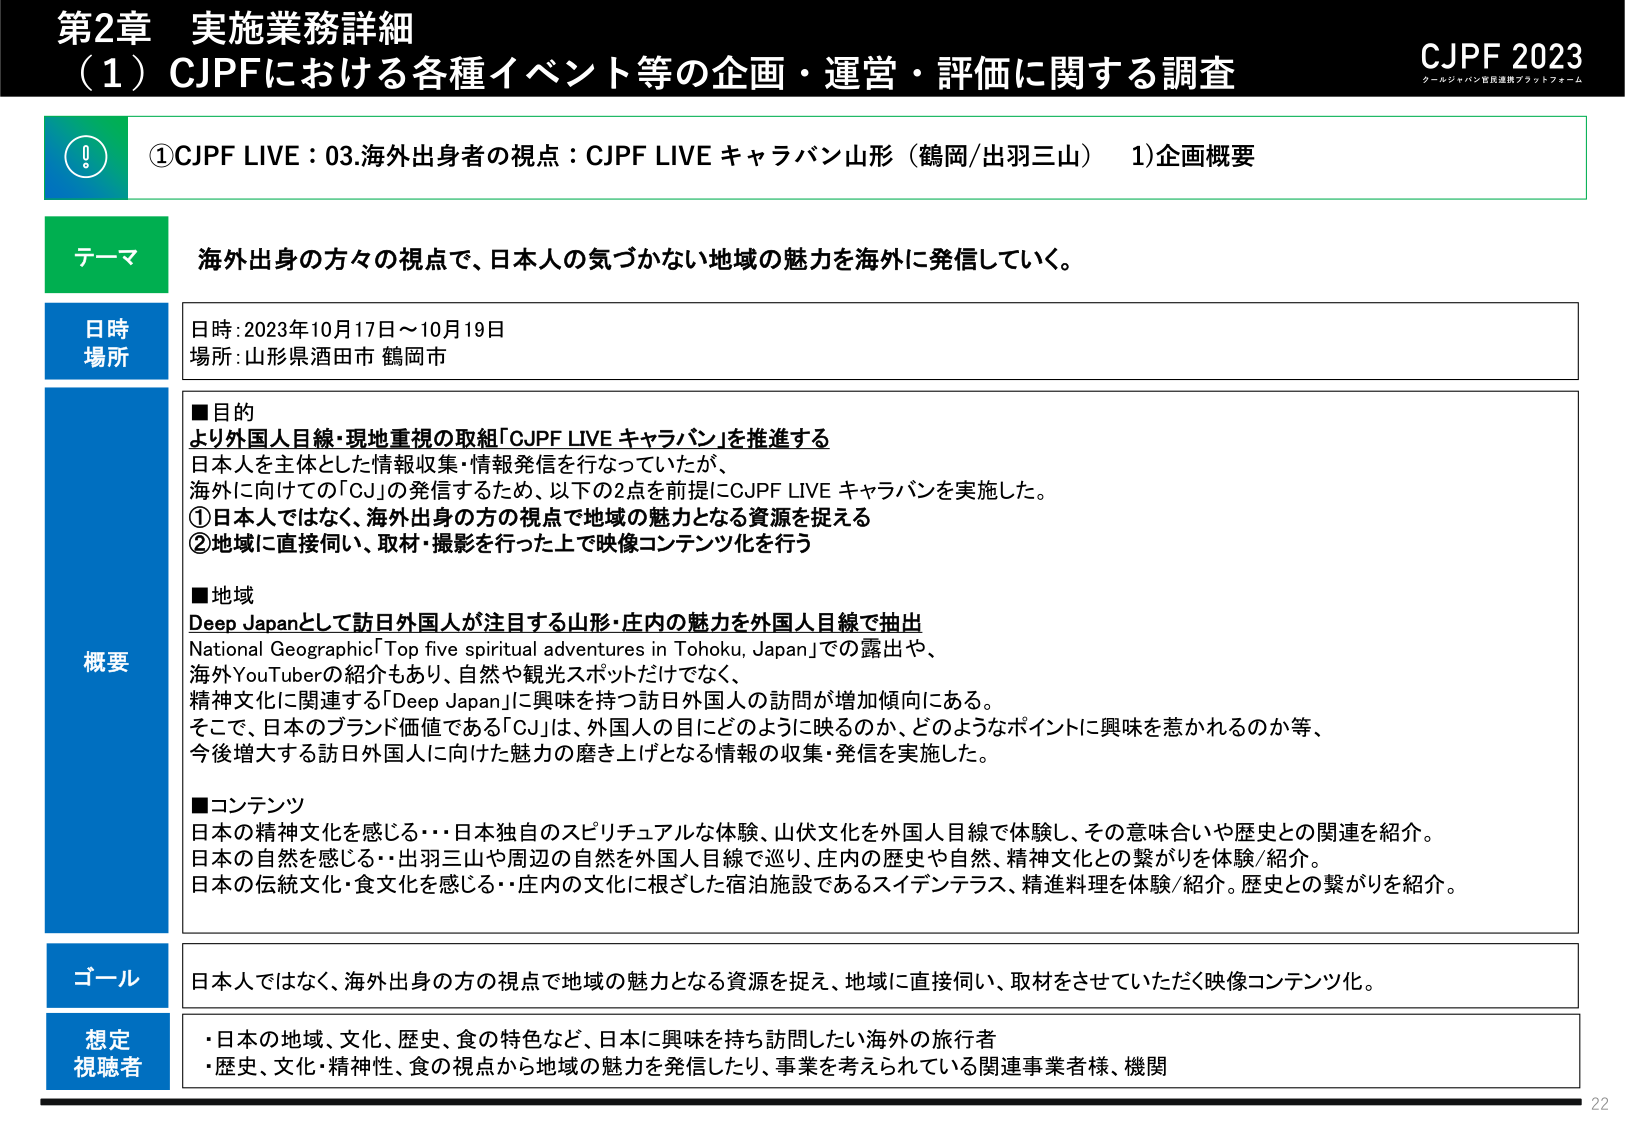
第2章 実施業務詳細
（1）CJPFにおける各種イベント等の企画・運営・評価に関する調査
CJPF 2023
クールジャパン官民連携プラットフォーム

①CJPF LIVE：03.海外出身者の視点：CJPF LIVE キャラバン山形（鶴岡/出羽三山） 1)企画概要

テーマ
海外出身の方々の視点で、日本人の気づかない地域の魅力を海外に発信していく。

日時
場所
日時：2023年10月17日～10月19日
場所：山形県酒田市 鶴岡市

概要
■目的
より外国人目線・現地重視の取組「CJPF LIVE キャラバン」を推進する
日本人を主体とした情報収集・情報発信を行なっていたが、
海外に向けての「CJ」の発信するため、以下の2点を前提にCJPF LIVE キャラバンを実施した。
①日本人ではなく、海外出身の方の視点で地域の魅力となる資源を捉える
②地域に直接伺い、取材・撮影を行った上で映像コンテンツ化を行う

■地域
Deep Japanとして訪日外国人が注目する山形・庄内の魅力を外国人目線で抽出
National Geographic「Top five spiritual adventures in Tohoku, Japan」での露出や、
海外YouTuberの紹介もあり、自然や観光スポットだけでなく、
精神文化に関連する「Deep Japan」に興味を持つ訪日外国人の訪問が増加傾向にある。
そこで、日本のブランド価値である「CJ」は、外国人の目にどのように映るのか、どのようなポイントに興味を惹かれるのか等、
今後増大する訪日外国人に向けた魅力の磨き上げとなる情報の収集・発信を実施した。

■コンテンツ
日本の精神文化を感じる・・・日本独自のスピリチュアルな体験、山伏文化を外国人目線で体験し、その意味合いや歴史との関連を紹介。
日本の自然を感じる・・・出羽三山や周辺の自然を外国人目線で巡り、庄内の歴史や自然、精神文化との繋がりを体験/紹介。
日本の伝統文化・食文化を感じる・・庄内の文化に根ざした宿泊施設であるスイデンテラス、精進料理を体験/紹介。歴史との繋がりを紹介。

ゴール
日本人ではなく、海外出身の方の視点で地域の魅力となる資源を捉え、地域に直接伺い、取材をさせていただく映像コンテンツ化。

想定
視聴者
・日本の地域、文化、歴史、食の特色など、日本に興味を持ち訪問したい海外の旅行者
・歴史、文化・精神性、食の視点から地域の魅力を発信したり、事業を考えられている関連事業者様、機関

22